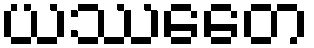
ယဿေတေ